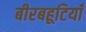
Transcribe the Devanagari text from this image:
बीरबहूटियाँ